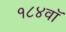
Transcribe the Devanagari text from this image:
१८४वॉ